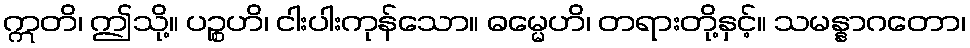
ဣတိ၊ ဤသို့။ ပဉ္စဟိ၊ ငါးပါးကုန်သော။ ဓမ္မေဟိ၊ တရားတို့နှင့်။ သမန္နာဂတော၊